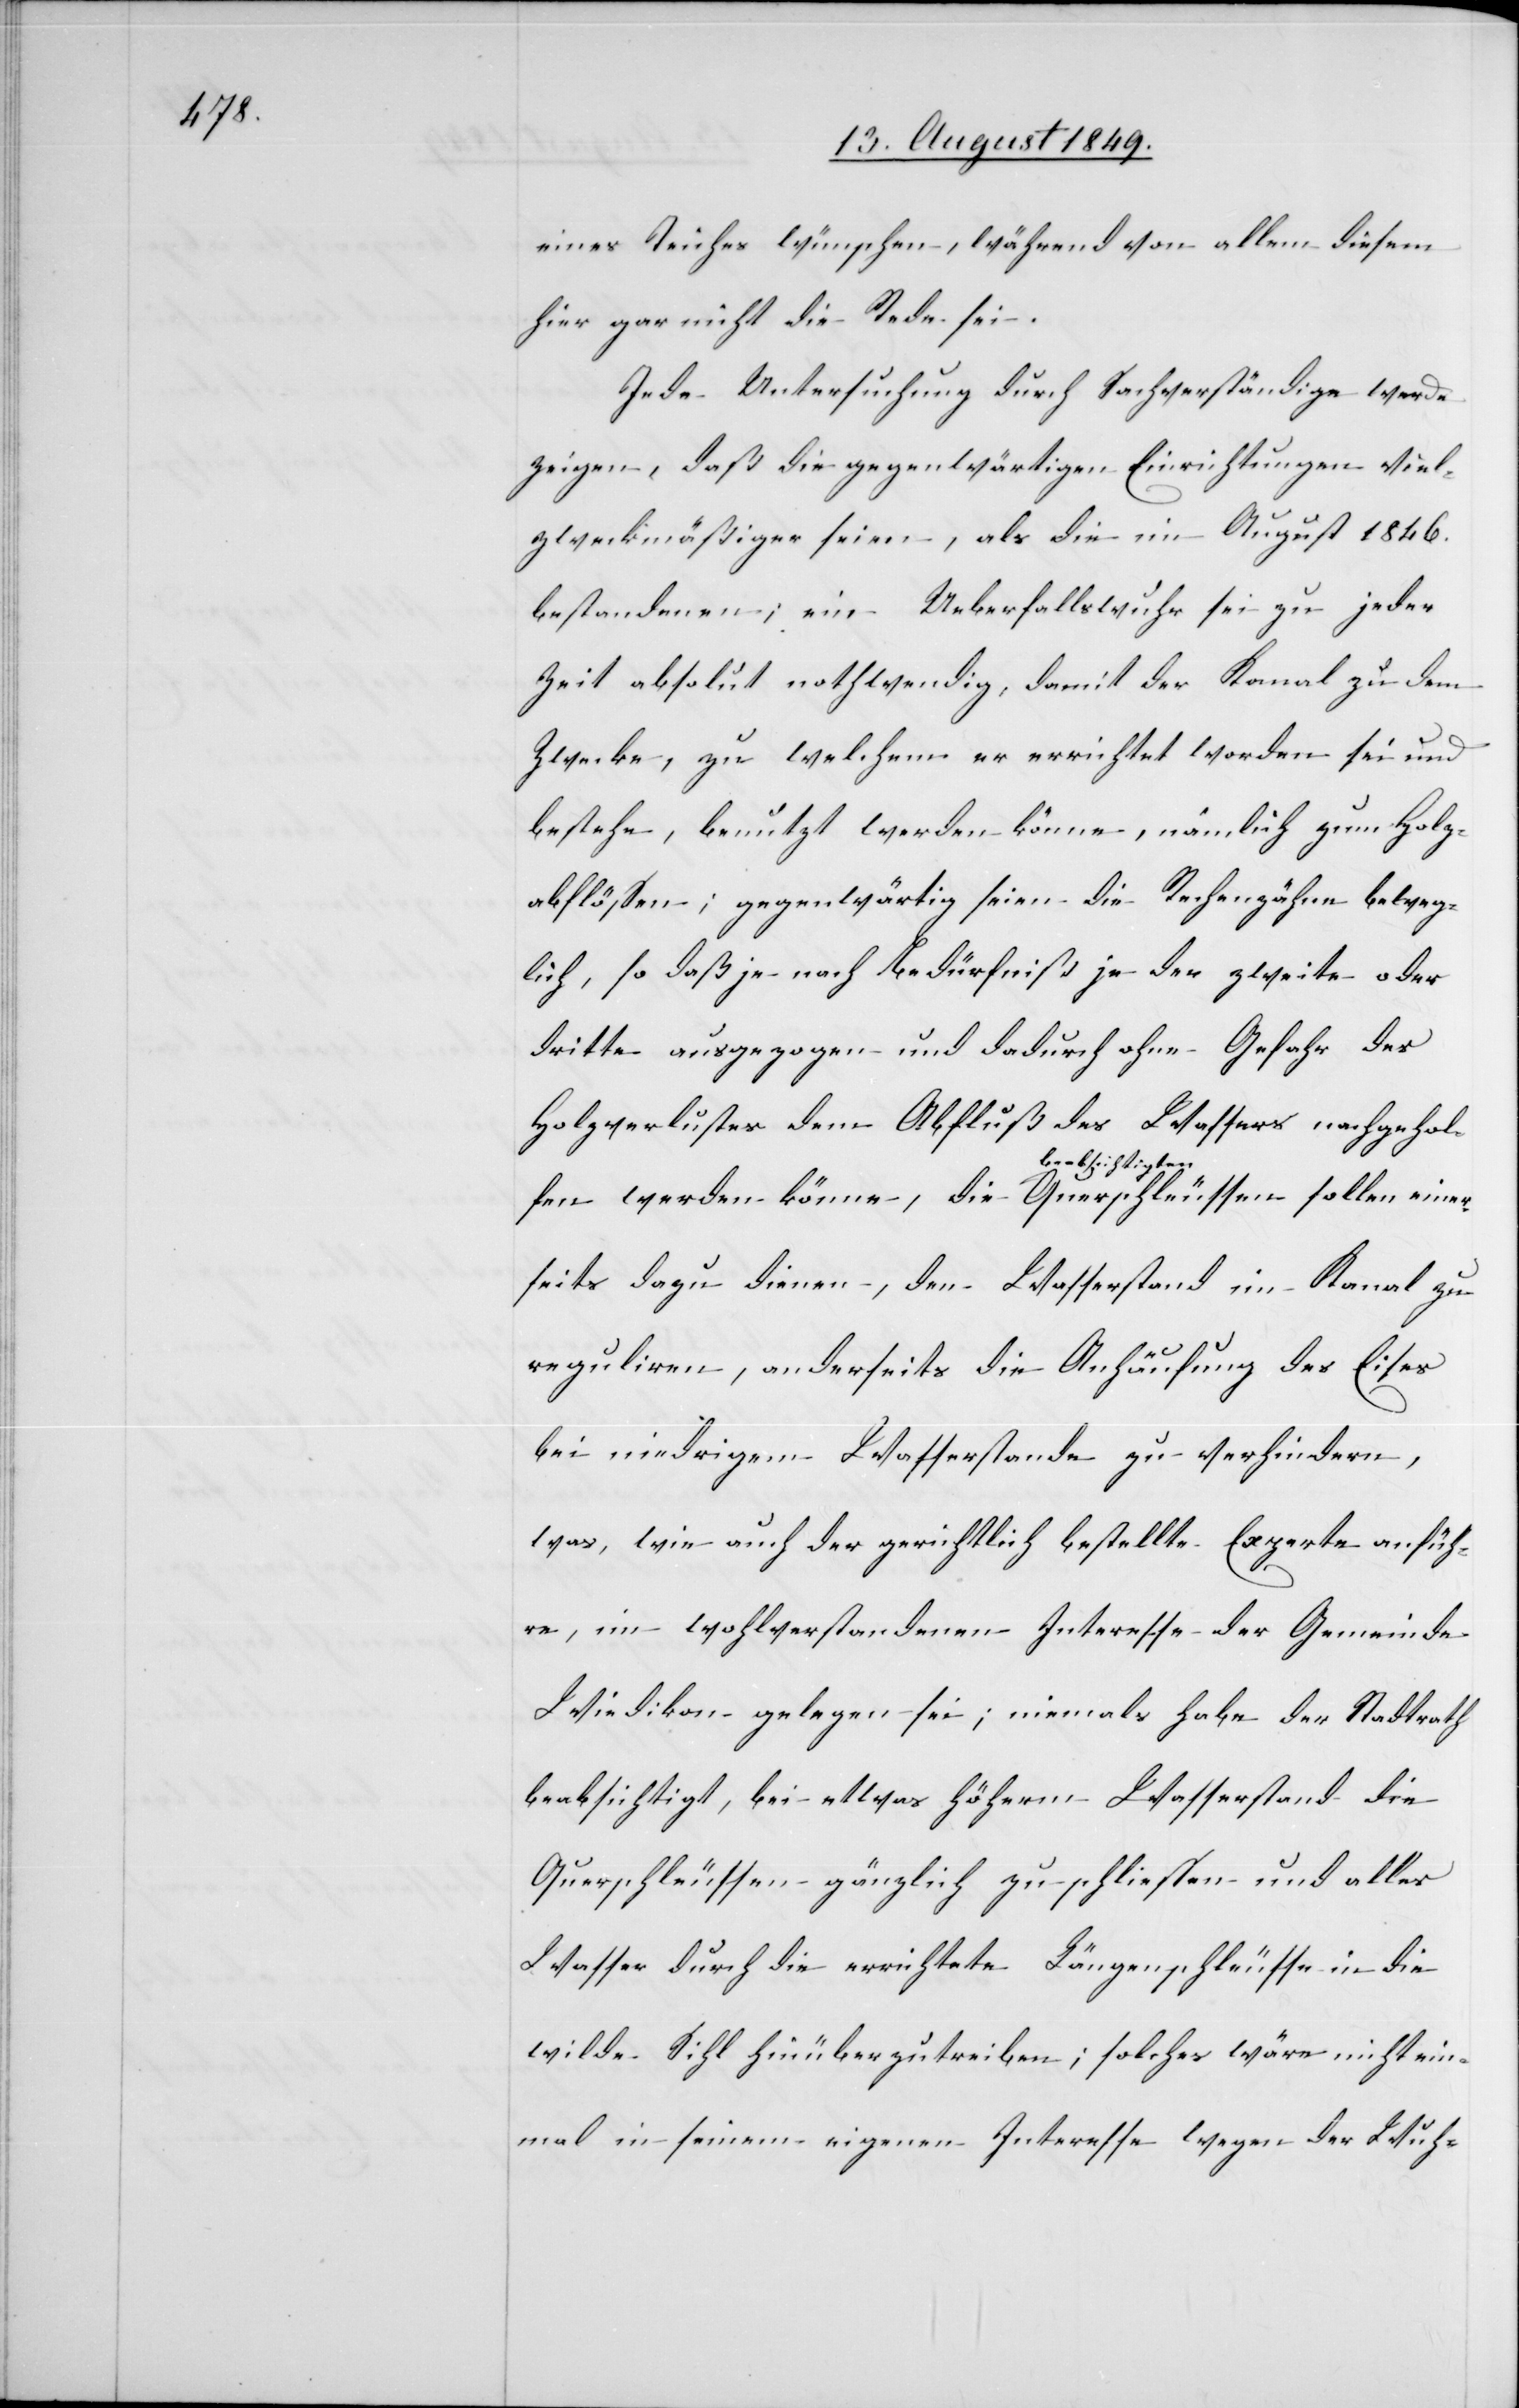
einer¬

eines Teiches wünschen, während von allem diesem
hier gar nicht die Rede sei.
Jede Untersuchung durch Sachverständige werde
zeigen, daß die gegenwärtigen Einrichtungen viel
zweckmäßiger seien, als die im August 1846.
bestandenen; ein Ueberfallswuhr sei zu jeder
Zeit absolut nothwendig, damit der Kanal zu dem
Zwecke, zu welchem er errichtet worden sei und
bestehe, benutzt werden könne, nämlich zum Holz¬
abflössen; gegenwärtig seien die Rechenzähne beweg¬
lich, so daß je nach Bedürfniß je der zweite oder
dritte ausgezogen und dadurch ohne Gefahr des
Holzverlustes dem Abfluß des Wassers nachgehol¬
fen werden könne, die a-beabsichtigten-a Querschleussen
seits dazu dienen, den Wasserstand im Kanal zu
reguliren, anderseits die Anhäufung des Eises
bei niedrigem Wasserstande zu verhindern,
was wie auch der gerichtlich bestellte Experte anfüh¬
re, im wohlverstandenen Interesse der Gemeinde
Wiedikon gelegen sei; niemals habe der Stadtrath
beabsichtigt, bei etwas höhern Wasserstand die
Querschleussen gänzlich zu schliessen und alles
Wasser durch die errichtete Längenschleusse in die
wilde Sihl hinüberzutreiben; solches wäre nicht ein¬
mal in seinem eigenen Interesse wegen der Wuh-